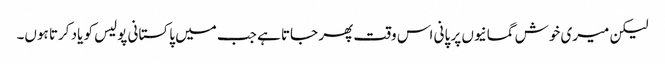
لیکن میری خوش گمانیوں پر پانی اس وقت پھر جاتا ہے جب میں پاکستانی پولیس کو یاد کرتا ہوں۔